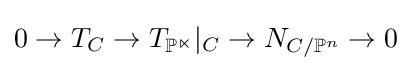
0\to T_{C}\to T_{\mathbb {P^{n}} }|_{C}\to N_{C/\mathbb {P} ^{n}}\to 0